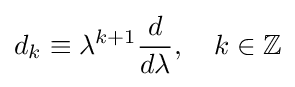
d_{k}\equiv \lambda ^{k+1}{\frac {d}{d\lambda }},\quad k\in \mathbb {Z}